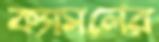
ক্যাসলের